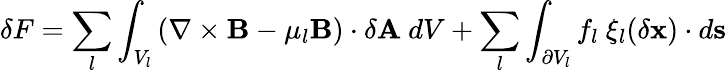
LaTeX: \delta F=\sum_{l}\int_{V_{l}}\left(\nabla\times\mathbf{B}-\mu_{l}\mathbf{B}\right)\cdot\delta\mathbf{A}\ dV+\sum_{l}\int_{\partial V_{l}}f_{l}\ \mathbf{\xi}_{l}(\delta\mathbf{x})\cdot d\mathbf{s}